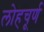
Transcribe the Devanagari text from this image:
लोहचूर्ण